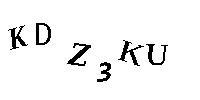
KDZ3KU